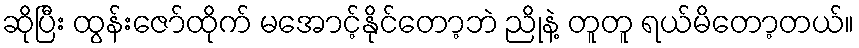
ဆိုပြီး ထွန်းဇော်ထိုက် မအောင့်နိုင်တော့ဘဲ ညိုနဲ့ တူတူ ရယ်မိတော့တယ်။